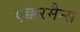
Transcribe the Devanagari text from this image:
एक्करमैन्स